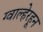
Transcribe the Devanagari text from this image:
ग्वाल्हेरहून